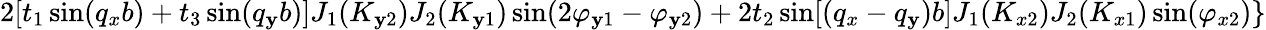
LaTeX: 2[t_{1}\sin(q_{x}b)+t_{3}\sin(q_{\mathbf{y}}b)]J_{1}(K_{\mathbf{y}2})J_{2}(K_{\mathbf{y}1})\sin(2\varphi_{\mathbf{y}1}-\varphi_{\mathbf{y}2})+2t_{2}\sin[(q_{x}-q_{\mathbf{y}})b]J_{1}(K_{x2})J_{2}(K_{x1})\sin(\varphi_{x2})\}